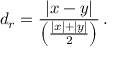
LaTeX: d _ { r } = { \frac { | x - y | } { \left( { \frac { | x | + | y | } { 2 } } \right) } } \, .